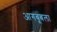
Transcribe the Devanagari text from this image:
आगबूबला